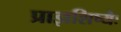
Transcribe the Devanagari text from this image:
प्राज्ञशिष्यैः